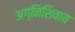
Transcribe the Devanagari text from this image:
अग्निशिवाय